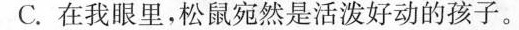
C.在我眼里，松鼠宛然是活泼好动的孩子。